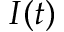
I ( t )